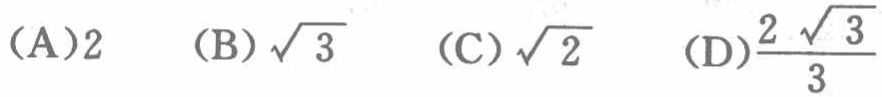
（A）2  （B）\(\sqrt{3}\)  （C）\(\sqrt{2}\)  （D）\(\frac{2\sqrt{3}}{3}\)